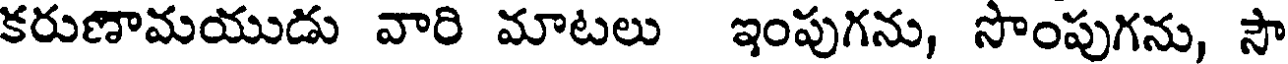
కరుణామయుడు వారి మాటలు ఇంపుగను, సొంపుగను, సౌ